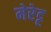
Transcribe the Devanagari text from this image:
मेरेट्ट